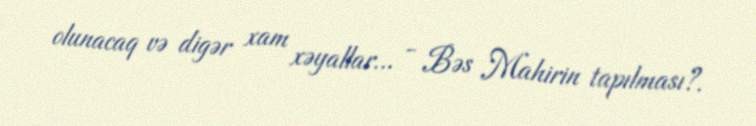
olunacaq və digər xam xəyallar... - Bəs Mahirin tapılması?.